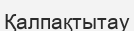
Қалпақтытау